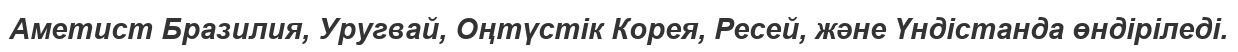
Аметист Бразилия, Уругвай, Оңтүстік Корея, Ресей, және Үндістанда өндіріледі.